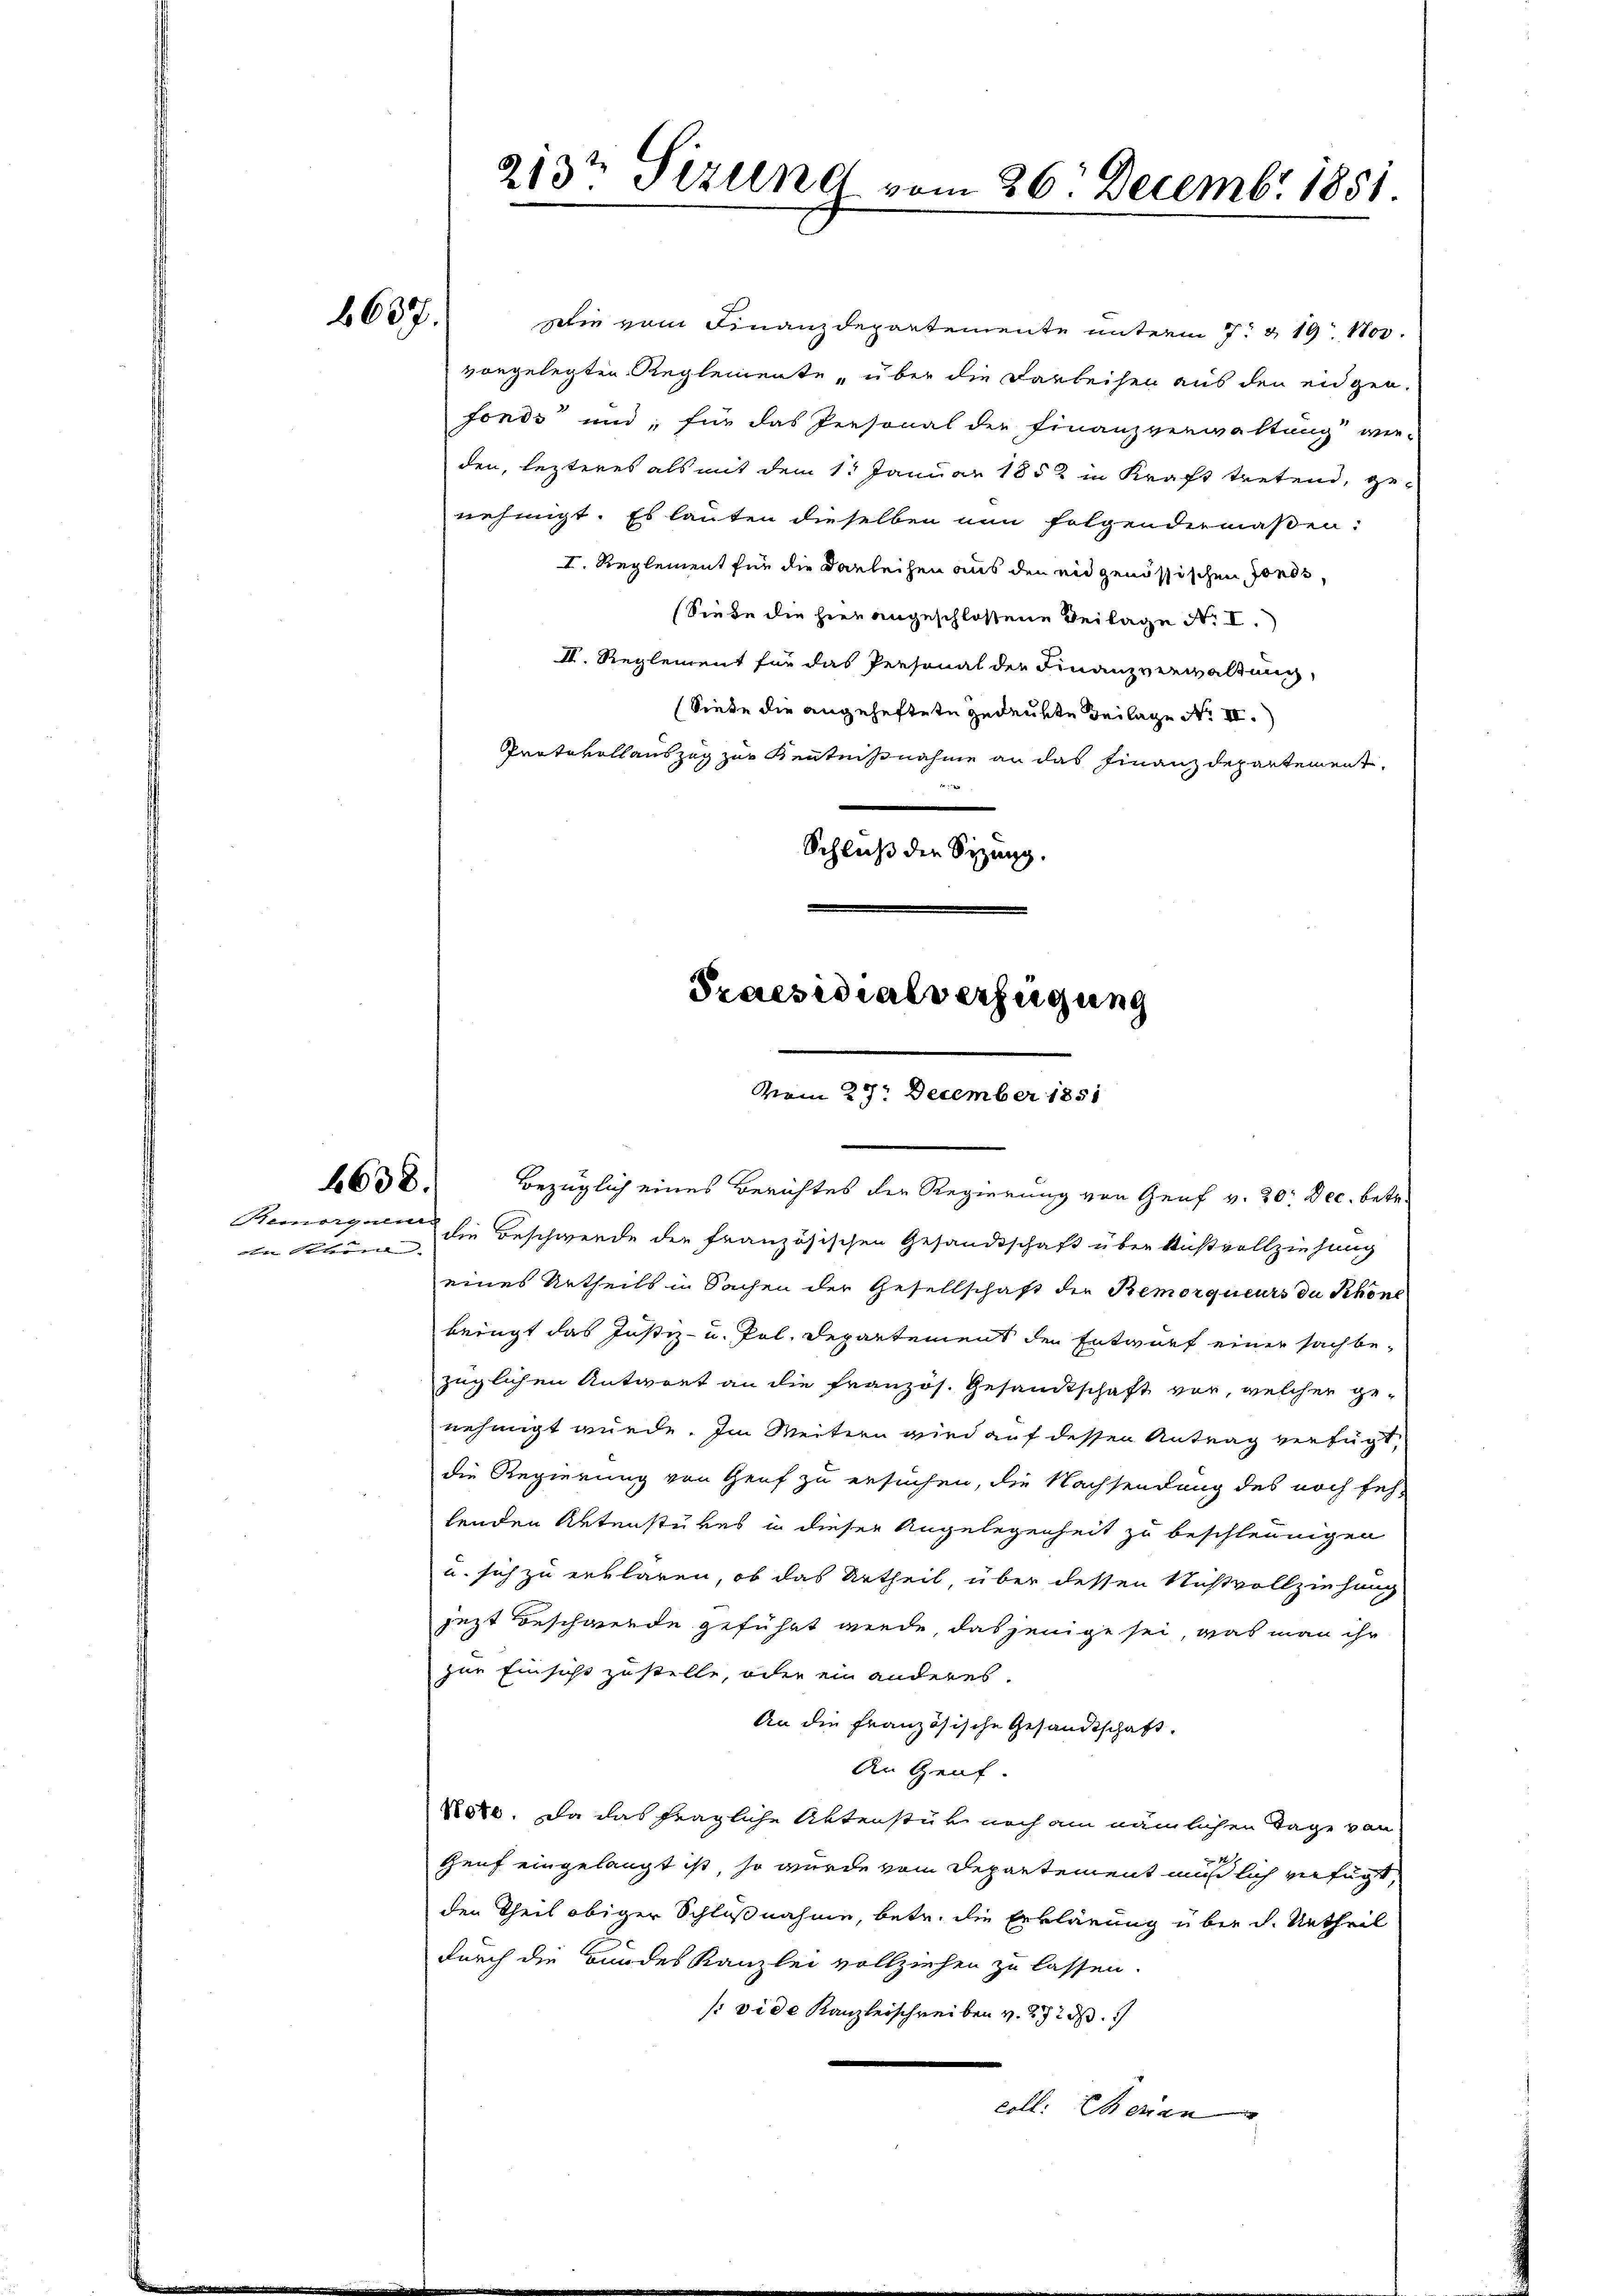
6637.

den Schönen

wie vom Finanzdepartemente unterm 7. & 19. 1103.
vorgelegten Reglemente, über die Darbeisen aus den eidgen.
fonds und, für das Personal der Finanzverwaltung wie-
den, lezteres als mit dem 1. Januar 1852 in Kraft tretend, ge-
nehmigt. Es lauten dieselben nun folgendermaßen:
I. Reglement für die Darleihen aus den eidgenössischen Fonds,
Siede die hier angeschlossene Beilage No I.
III. Reglement für das Personal der Finanzverwaltung,
Siede die angeheftete gedeute Beilage No II.
Protokollauszug zur Kenntnißnahme an das Finanzdepartement,
f
Schluß die Sitzung.

213te Sitzung vom 26. Decembr 1851.

Praesidialverfügung
vom 27. December 1851

1638. bezüglich eines Berichtes der Regierung von Genf v. 20. Dec. betr.
Remorgen die Beschwerde der französischen Gesandtschaft über Kußvollziehung
eines Urtheils in Sachen der Gesellschaft die Remorqueurs du Khöne
beügt das Justiz- u. Pol. Departemens den Entwurf einer sachbe-
züglichen Antwort an die französ. Gesandtschaft vor, welcher genehmigt würde. Im Weitern wird auf dessen Antrag verfügt,
die Regierung von Genf zu ersuchen, die Nachsendung des noch feh-
lenden Aktenstükes in dieser Angelegenheit zu beschleunigen
u. sich zu erklären, ob das Urtheil, über dessen Nichtvollziehung
jezt Beschwerde geführt werde dasjenige sei, was man ihr
zur Einsicht zustelle, oder ein anderes
An die Französische Gesandtschaft.
An Genf.
2840. Da das fragliche Aktenstük noch am nämlichen Tage von
Genf eingelangt ist, so wurde vom Departement müßlich verfügt,
den Theil obiger Schlußnahme, betr. die Erklärung über d. Urtheil
durch die Bundeskanzlei vollziehen zu lassen.
so vide Kanzleischreiben v. 272 d
coll. Serian